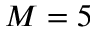
M = 5